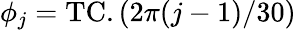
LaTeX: \phi_{j}=\mathrm{TC}.(2\pi(j-1)/30)